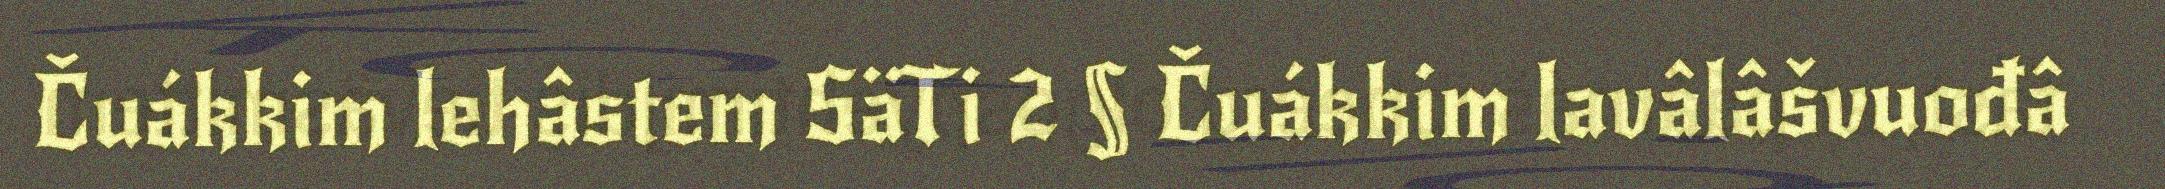
Čuákkim lehâstem SäTi 2 § Čuákkim lavâlâšvuođâ